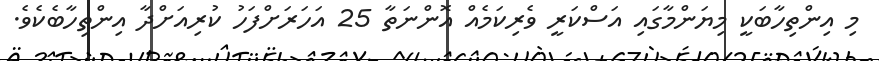
މި އިންތިހާބަކީ މިޔަންމާގައި އަސްކަރީ ވެރިކަމެއް އޮންނަތާ 25 އަހަރަށްފަހު ކުރިއަށްދާ އިންތިހާބެކެވެ.